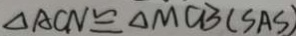
\Delta A C N \cong \Delta M C B ( S A S )